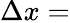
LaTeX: \Delta x=